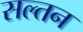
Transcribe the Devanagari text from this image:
सल्तन